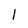
Character: l